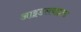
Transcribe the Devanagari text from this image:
आइडलवाइल्ड